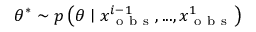
\theta ^ { * } \sim p \left( \theta \mid x _ { \mathrm { ~ o ~ b ~ s ~ } } ^ { i - 1 } , . . . , x _ { \mathrm { ~ o ~ b ~ s ~ } } ^ { 1 } \right)